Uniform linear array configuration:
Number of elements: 8
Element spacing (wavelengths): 0.75
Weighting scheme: cosine
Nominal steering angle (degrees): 15
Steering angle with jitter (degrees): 15.904
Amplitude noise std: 0.05
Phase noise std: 0.05

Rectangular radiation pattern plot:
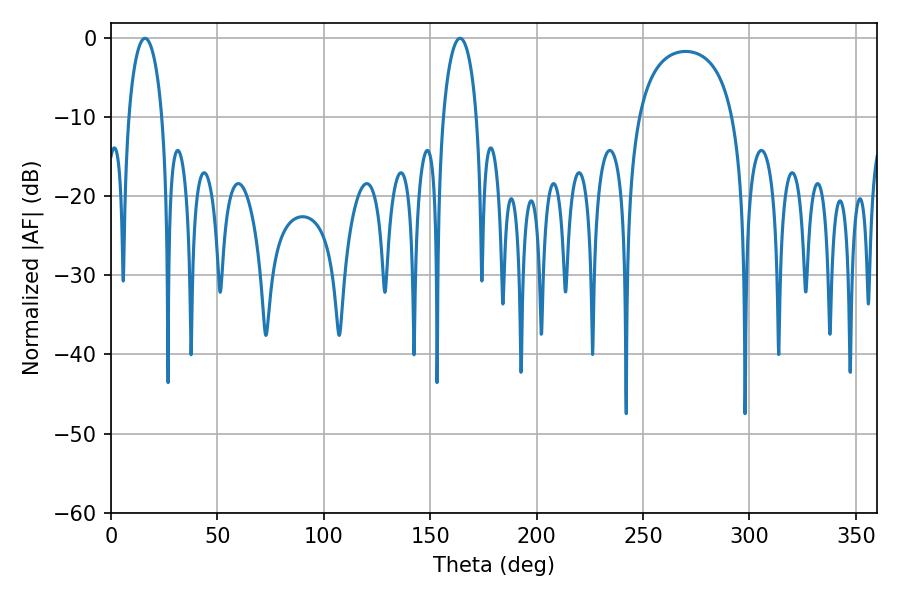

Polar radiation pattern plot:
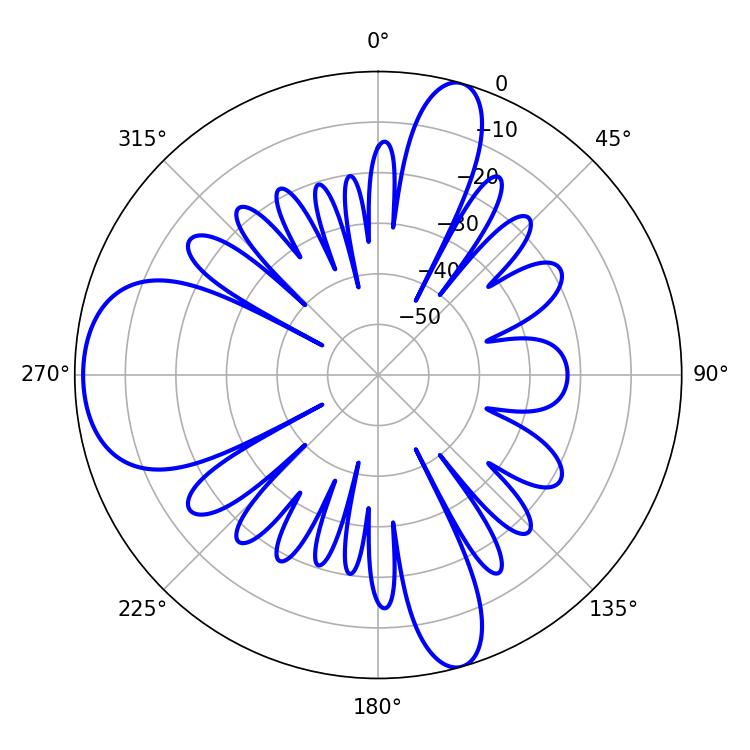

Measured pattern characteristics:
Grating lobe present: TRUE
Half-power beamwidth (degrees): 9
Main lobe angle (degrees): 16.02